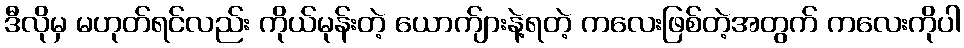
ဒီလိုမှ မဟုတ်ရင်လည်း ကိုယ်မုန်းတဲ့ ယောက်ျားနဲ့ရတဲ့ ကလေးဖြစ်တဲ့အတွက် ကလေးကိုပါ